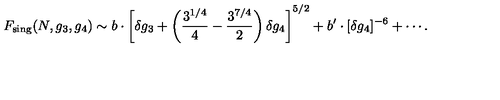
F _ { \mathrm { s i n g } } ( N , g _ { 3 } , g _ { 4 } ) \sim b \cdot \left[ \delta g _ { 3 } + \left( \frac { 3 ^ { 1 / 4 } } { 4 } - \frac { 3 ^ { 7 / 4 } } { 2 } \right) \delta g _ { 4 } \right] ^ { 5 / 2 } + b ^ { \prime } \cdot [ \delta g _ { 4 } ] ^ { - 6 } + \cdots .